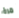
مرة